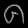
Digit: ၈